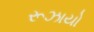
રૂઝાયો